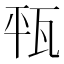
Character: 㼞